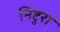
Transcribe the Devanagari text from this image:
निष्टुरा